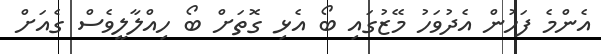
އެންމެ ފަހުން އެދުވަހު މޭޒުގައި ބޯ އެޅި ގޮތަށް ބޯ ހިއްލާލީވެސް ގެއަށް